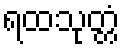
ရထသုတ္တံ